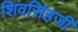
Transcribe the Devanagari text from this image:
शिवसिंहजी